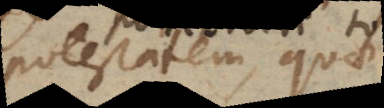
potestatum, quod